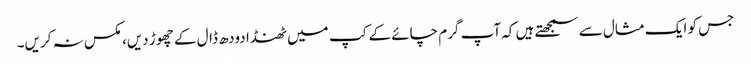
جس کو ایک مثال سے سمجھتے ہیں کہ آپ گرم چائے کے کپ میں ٹھنڈا دودھ ڈال کے چھوڑ دیں، مکس نہ کریں۔